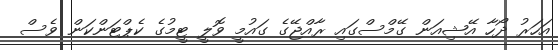
އަހަރު ދޯހާ އޭޝިއަން ގޭމްސްގައި ރާއްޖޭގެ ގައުމީ ވޮލީ ޓީމުގެ ކެޕްޓަންކަން ވެސް